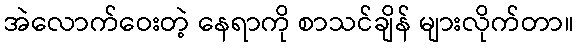
အဲလောက်ဝေးတဲ့ နေရာကို စာသင်ချိန် များလိုက်တာ။